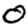
Digit: 0